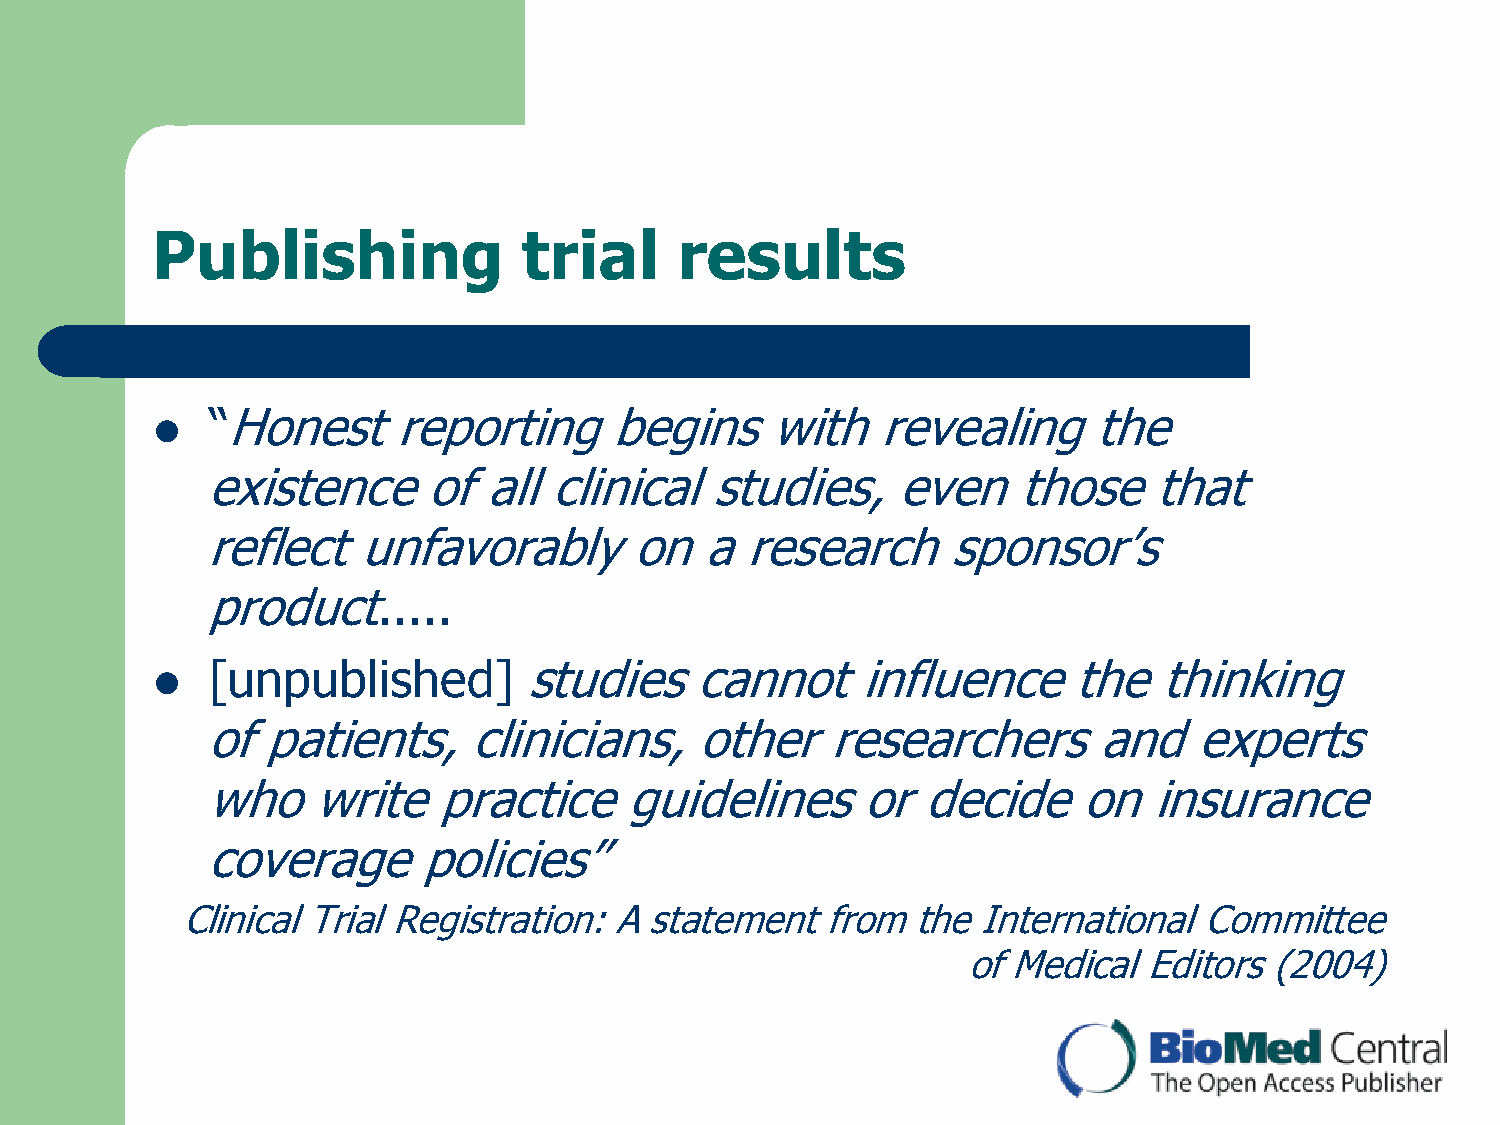
Publishing               trial     results
 “Honest     reporting     begins     with   revealing     the
 
 existence     of  all clinical   studies,    even    those    that
 reflect   unfavorably       on   a research      sponsor‟s
 product.....
 [unpublished]        studies    cannot     influence     the   thinking
 
 of patients,     clinicians,    other    researchers       and   experts
 who    write   practice    guidelines      or  decide     on  insurance
 coverage      policies”
 Clinical Trial Registration: A statement   from  the International  Committee
 of Medical  Editors (2004)